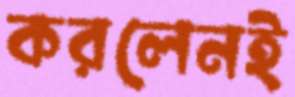
করলেনই